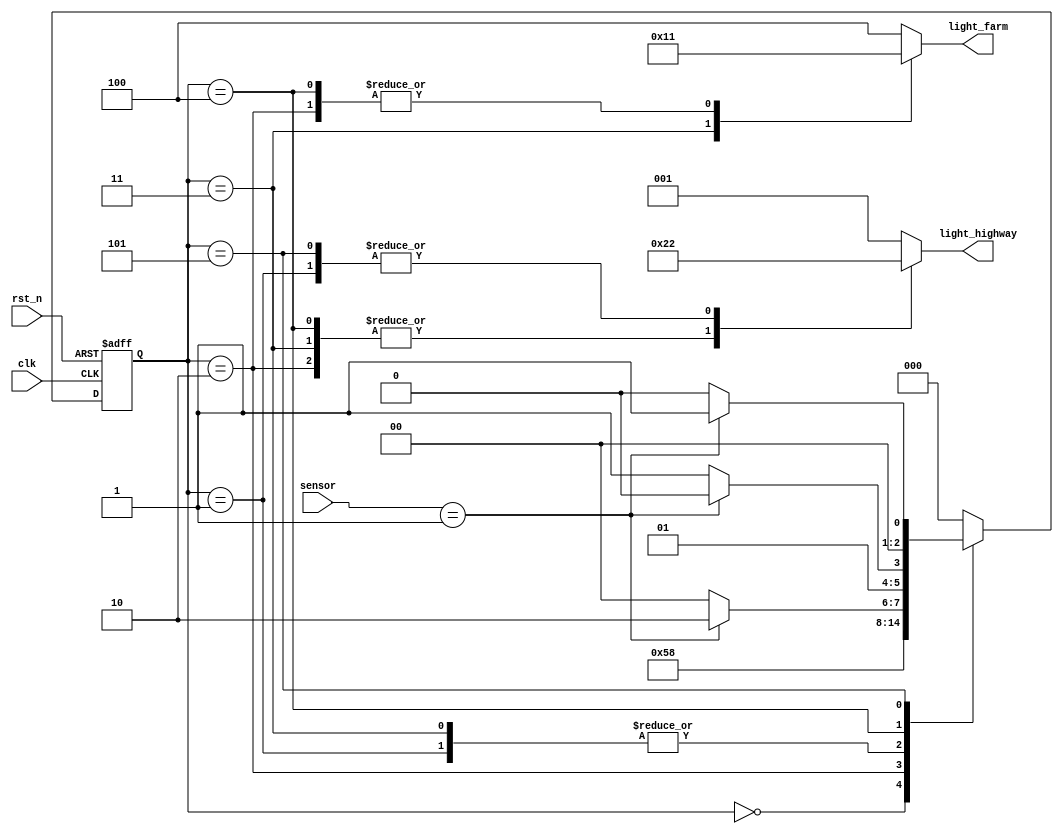
module traffic__light_controller( input [1:0]sensor, input clk, rst_n, output reg[2:0]light_highway, light_farm);
  parameter S0 = 3'b000, // Highway green and farm red
    		S1 = 3'b001, // Highway yellow and farm red
		    S2 = 3'b010, // Highway red and farm green
		    S3 = 3'b011, // Highway red and farm yellow
			S4 = 3'b100, // Additional State for delay of farm green
			S5 = 3'b101; // Additional State for delay of Highway green
		  
  reg[2:0] ps, ns;

  always @(posedge clk or negedge rst_n) begin 
    if(~rst_n)ps <= 3'b000;
    else ps <= ns; 
  end

  always @(*) begin
    case(ps)
	 S0: begin
	    light_highway = 3'b001;
        light_farm = 3'b100;
		ns = S5;
	end
	
	S1: begin 
	   light_highway = 3'b010;
	   light_farm = 3'b100;
	   if(sensor == 01) ns = S2;
	   else ns = S0;
	end
	
	S2: begin
	   light_highway = 3'b100;
	   light_farm = 3'b001;
	   ns = S4;
    end
	
	S3: begin
	   light_highway = 3'b100;
	   light_farm = 3'b010;
	   if(sensor == 01) ns = S2;
	   else ns = S0;
	end
	
	S4: begin
	   light_highway = 3'b100;
	   light_farm = 3'b001;
	   if(sensor == 01) ns = S2;
	   else ns = S3;
	end
	
	S5: begin
	   light_highway = 3'b010;
	   light_farm = 3'b100;
	   if(sensor == 01) ns = S1;
	   else ns = S0;
	end
	
	default: begin
	   light_highway = 3'b001;
       light_farm = 3'b100;
	   ns = S0;
	end
	endcase
  end
endmodule